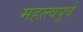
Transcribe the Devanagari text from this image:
महत्त्वपूर्व